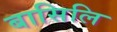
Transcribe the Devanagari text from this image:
बासिलि